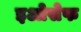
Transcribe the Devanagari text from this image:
इओसेफ